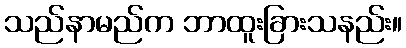
သည်နာမည်က ဘာထူးခြားသနည်း။